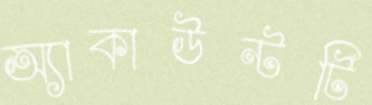
অ্যাকাউন্টটি